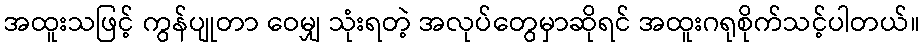
အထူးသဖြင့် ကွန်ပျုတာ ဝေမျှ သုံးရတဲ့ အလုပ်တွေမှာဆိုရင် အထူးဂရုစိုက်သင့်ပါတယ်။